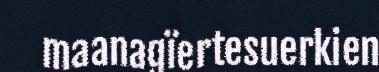
maanagïertesuerkien